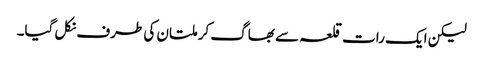
لیکن ایک رات قلعہ سے بھاگ کر ملتان کی طرف نکل گیا۔